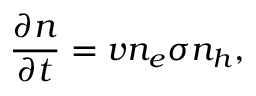
\frac { \partial n } { \partial t } = v n _ { e } \sigma n _ { h } ,